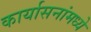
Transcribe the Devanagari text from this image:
कार्यासनांमध्ये